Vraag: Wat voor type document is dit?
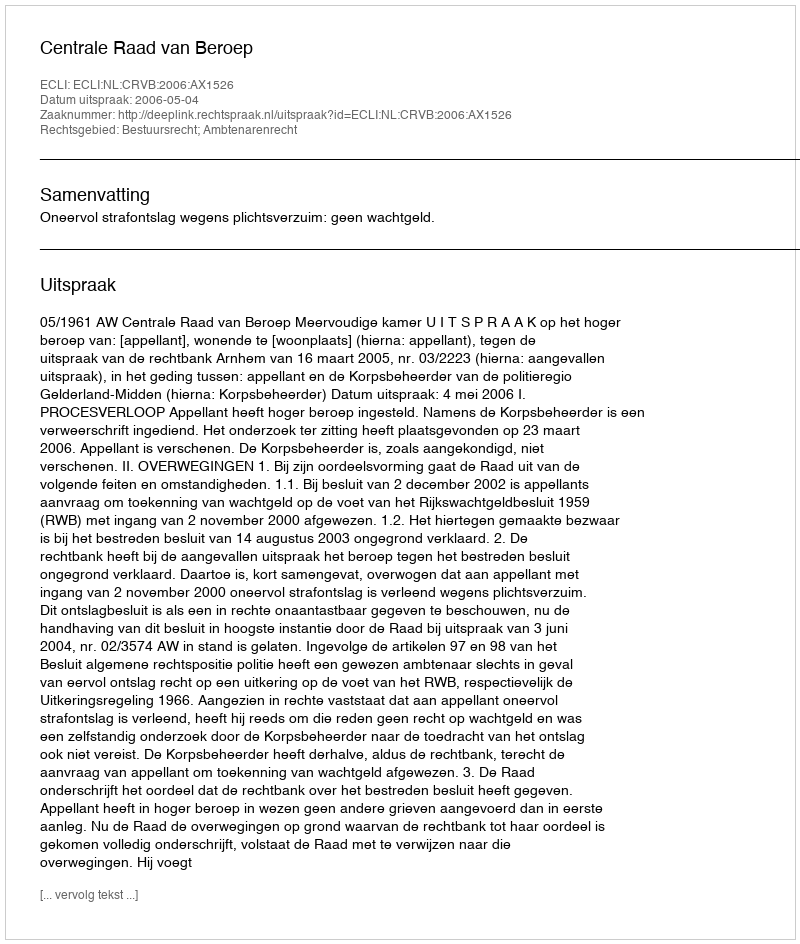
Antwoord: Uitspraak